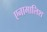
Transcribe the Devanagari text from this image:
एनागालिश